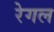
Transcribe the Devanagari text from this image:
रेगल